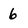
Character: 6